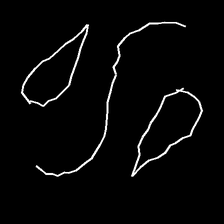
Glyph: water